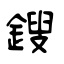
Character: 鎪